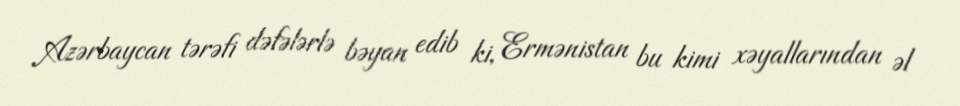
Azərbaycan tərəfi dəfələrlə bəyan edib ki, Ermənistan bu kimi xəyallarından əl